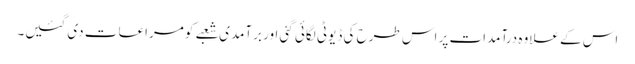
اس کے علاوہ درآمدات پر اس طرح کی ڈیوٹی لگائی گئی اور برآمدی شعبے کو مراعات دی گئیں۔